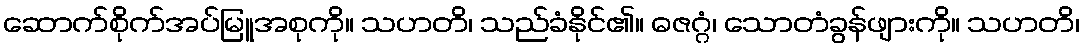
ဆောက်စိုက်အပ်မြူအစုကို။ သဟတိ၊ သည်ခံနိုင်၏။ ဓဇဂ္ဂံ၊ သောတံခွန်ဖျားကို။ သဟတိ၊